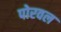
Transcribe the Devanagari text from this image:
पोरवल